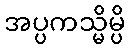
အပ္ပကသ္မိမ္ပိ